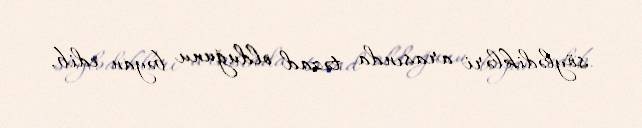
söylədikləri arasında təzad olduğunu bəyan edib.